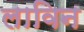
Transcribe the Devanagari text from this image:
लाविन